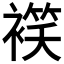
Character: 𧜕